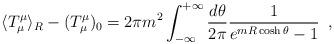
LaTeX: \begin{align*}\langle T^\mu_\mu \rangle_R - (T_\mu^\mu)_0 = 2\pi m^2\int_{-\infty}^{+\infty}\frac{d\theta}{2\pi}\frac{1}{e^{mR \cosh\theta} -1} \,\,\,,\end{align*}